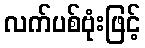
လက်ပစ်ဗုံးဖြင့်